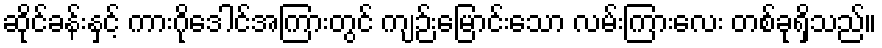
ဆိုင်ခန်းနှင့် ကားဂိုဒေါင်အကြားတွင် ကျဉ်းမြောင်းသော လမ်းကြားလေး တစ်ခုရှိသည်။